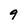
Character: 9